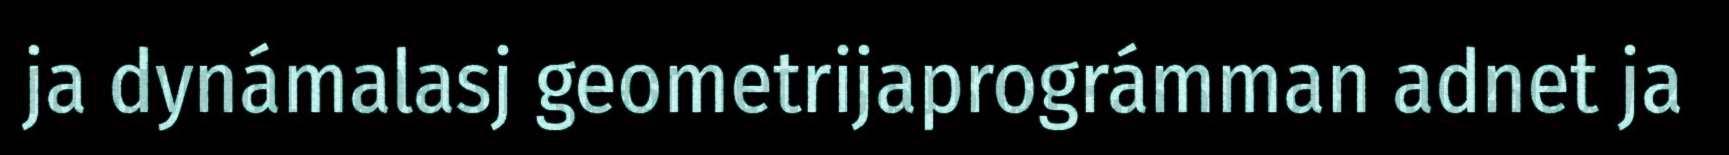
ja dynámalasj geometrijaprográmman adnet ja